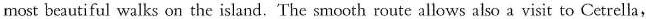
most beautiful walks on the island.The smooth route allows also a visit to Cetrella,